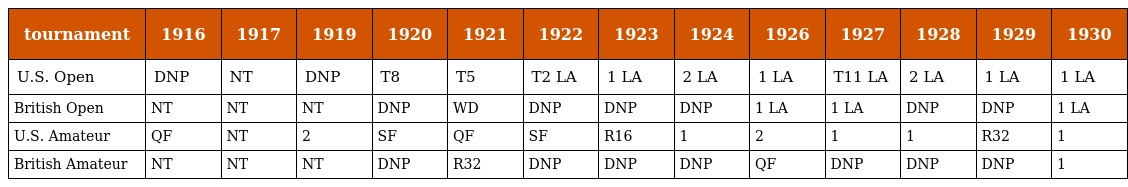
| tournament | 1916 | 1917 | 1919 | 1920 | 1921 | 1922 | 1923 | 1924 | 1926 | 1927 | 1928 | 1929 | 1930 |
 | --- | --- | --- | --- | --- | --- | --- | --- | --- | --- | --- | --- | --- | --- |
 | U.S. Open | DNP | NT | DNP | T8 | T5 | T2 LA | 1 LA | 2 LA | 1 LA | T11 LA | 2 LA | 1 LA | 1 LA |
 | British Open | NT | NT | NT | DNP | WD | DNP | DNP | DNP | 1 LA | 1 LA | DNP | DNP | 1 LA |
 | U.S. Amateur | QF | NT | 2 | SF | QF | SF | R16 | 1 | 2 | 1 | 1 | R32 | 1 |
 | British Amateur | NT | NT | NT | DNP | R32 | DNP | DNP | DNP | QF | DNP | DNP | DNP | 1 |